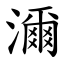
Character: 濔